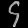
Digit: ၄